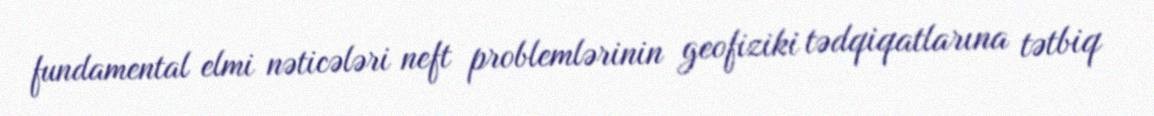
fundamental elmi nəticələri neft problemlərinin geofiziki tədqiqatlarına tətbiq